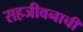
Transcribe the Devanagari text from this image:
सहजीवनाची